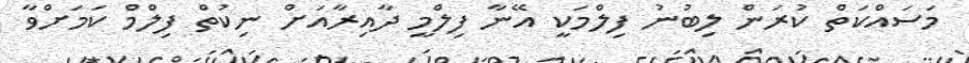
މަސައްކަތް ކުރަން ލިބުނު ފިލްމަކީ އޭނާ ފިލްމީ ދާއިރާއަށް ނިކުތް ފިލްމް ކަމަށްވާ